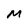
Character: M